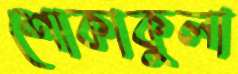
শোকাকুলা